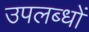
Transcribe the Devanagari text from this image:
उपलब्धों